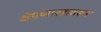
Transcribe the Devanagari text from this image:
क्षेपणास्त्रावरून